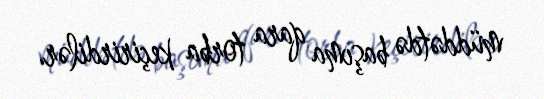
müddətdə başıma qara torba keçirirdilər.